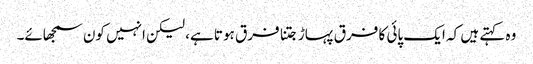
وہ کہتے ہیں کہ ایک پائی کا فرق پہاڑ جتنا فرق ہوتا ہے، لیکن انہیں کون سمجھائے۔